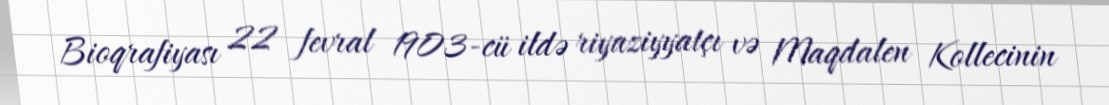
Bioqrafiyası 22 fevral 1903-cü ildə riyaziyyatçı və Maqdalen Kollecinin